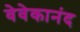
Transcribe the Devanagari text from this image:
वेवेकानंद